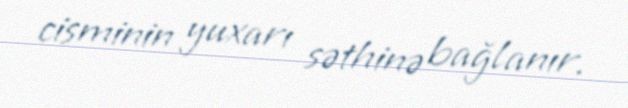
cisminin yuxarı səthinə bağlanır.